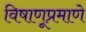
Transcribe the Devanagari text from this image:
विषाणूप्रमाणे